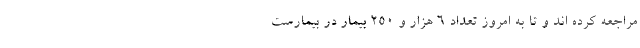
مراجعه کرده اند و تا به امروز تعداد ۶ هزار و ۲۵۰ بیمار در بیمارست